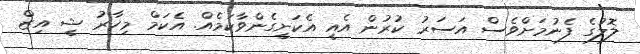
ލޮލުގެ ފެނުމަށްވެސް އަސަރު ކުރުން އެއީ އެކަށީގެންވާކަމެއް. އެކަމް މިހާރު ޝީ އިޒް